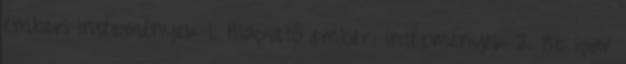
emberi intézmények 1. Alapvető emberi intézmények 2. Az ipar